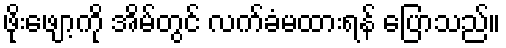
ဖိုးဖျော့ကို အိမ်တွင် လက်ခံမထားရန် ပြောသည်။